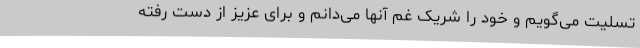
تسلیت می‌گویم و خود را شریک غم آنها می‌دانم و برای عزیز از دست رفته